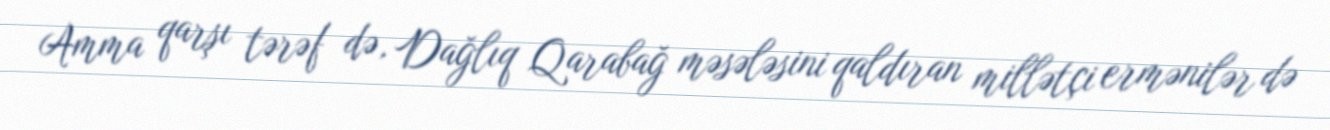
Amma qarşı tərəf də, Dağlıq Qarabağ məsələsini qaldıran millətçi ermənilər də